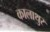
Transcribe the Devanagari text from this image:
कालाथुर